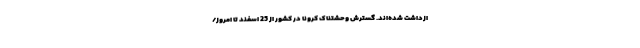
ازداشت شده‌اند. گسترش وحشتناک کرونا در کشور از 25 اسفند تا امروز/